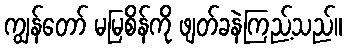
ကျွန်တော် မမြစိန်ကို ဖျတ်ခနဲကြည့်သည်။